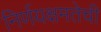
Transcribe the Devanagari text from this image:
निर्णयक्षमतेची